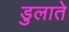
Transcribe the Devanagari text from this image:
डुलाते